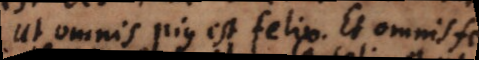
Ut omnis pius est felix, et omnis